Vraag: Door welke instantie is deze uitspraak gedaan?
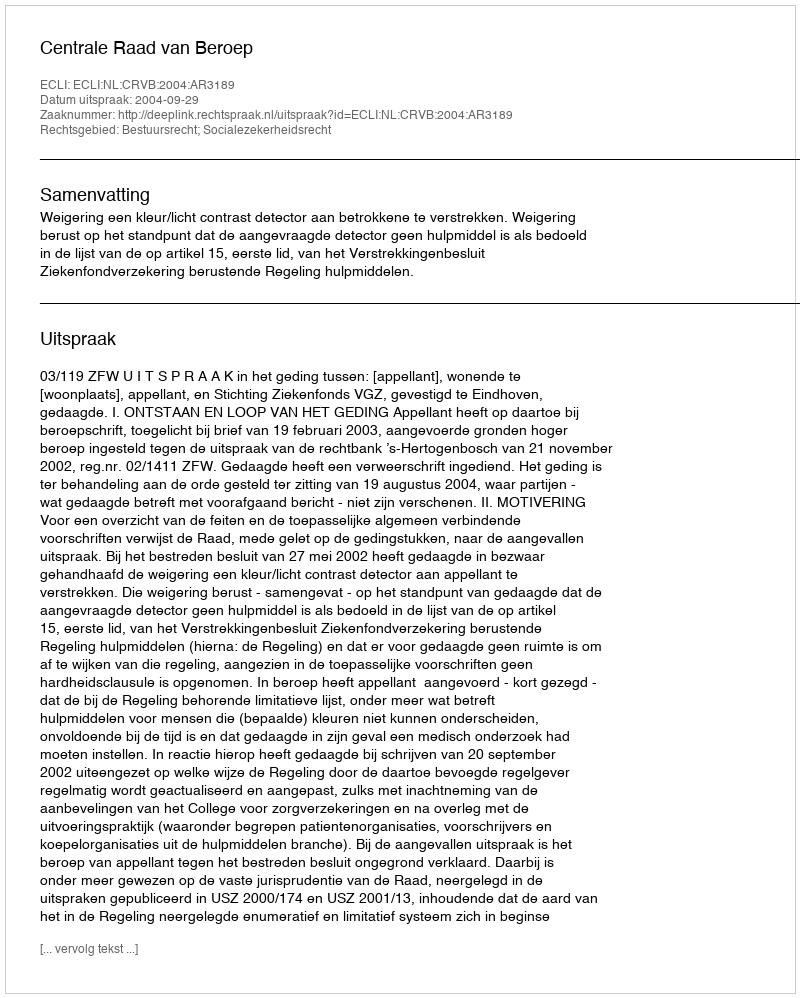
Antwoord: Centrale Raad van Beroep